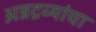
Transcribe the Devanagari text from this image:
अन्नद्रव्यांचा